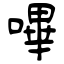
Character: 嗶